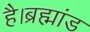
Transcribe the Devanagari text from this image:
है।ब्रह्मांड